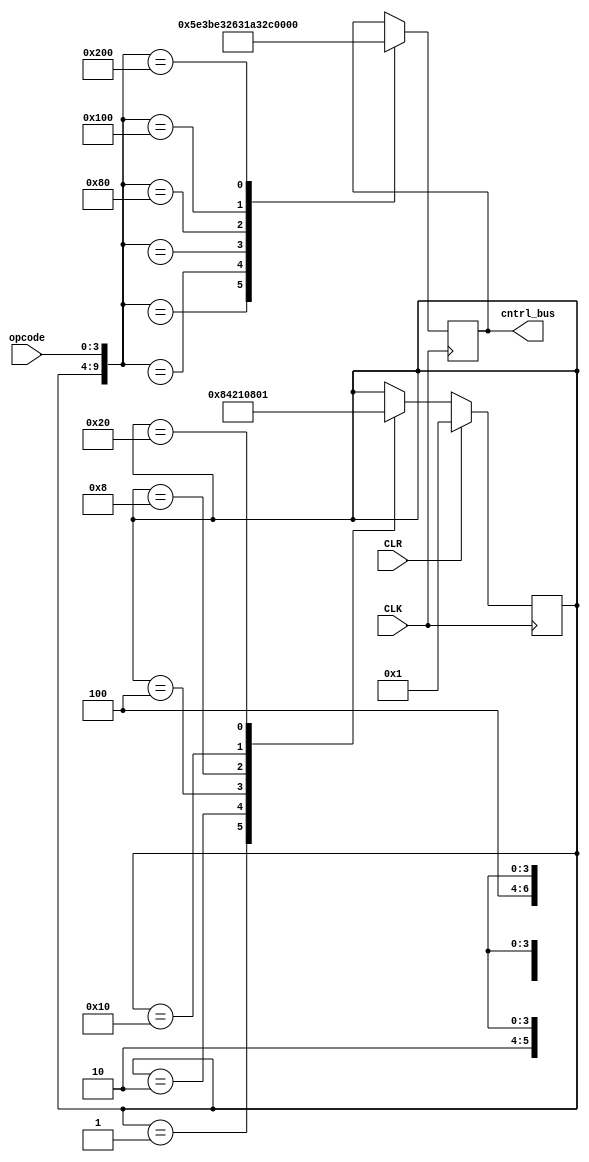
module Controller_Sequencer(CLK, CLR, cntrl_bus, opcode);
input CLK,CLR;
input [3:0] opcode;

output [11:0] cntrl_bus;  //Forms the control word for the system

reg [5:0] ringcount;
reg [11:0] cntrl_bus;     //The 12 control bits

wire [5:0] state ;

parameter 
  T1 = 1,
  T2 = 2,
  T3 = 4,
  T4 = 8,
  T5 = 16,
  T6 = 32;
  
// ring counter 
always @ (negedge CLK)
  begin
    if (CLR)  
      ringcount = 1;
  
   else case(ringcount)   //Changes from one cycle to the next
      T1: ringcount <= T2;
      T2: ringcount <= T3;
      T3: ringcount <= T4;
      T4: ringcount <= T5;
      T5: ringcount <= T6; 
      T6: ringcount <= T1;
   endcase
  end
//end of ring counter 

/*Mealy state machine in which next state is missing in a sense that 
ringcounter indepedently calculate determin it*/
assign state = ringcount;

always @(negedge CLK)
  case ({state, opcode})              //Opcode instructions
  {T1, 4'hx}: cntrl_bus = 12'h5E3;    //fetch cycle start here PC -> MAR
  {T2, 4'hx}: cntrl_bus = 12'hBE3;
  {T3, 4'hx}: cntrl_bus = 12'h263;    //fetch cycle end here

  //LDA operation
  {T4, 4'h0}: cntrl_bus = 12'h1A3;
  {T5, 4'h0}: cntrl_bus = 12'h2C3;
  {T6, 4'h0}: cntrl_bus = 12'h3E3;

  //ADD
  {T4, 4'h0}: cntrl_bus = 12'h1A3;
  {T5, 4'h0}: cntrl_bus = 12'h2E1;  
  {T6, 4'h0}: cntrl_bus = 12'h3C7;

  //SUB
  {T4, 4'h0}: cntrl_bus = 12'h1A3;
  {T5, 4'h0}: cntrl_bus = 12'h2E1;
  {T6, 4'h0}: cntrl_bus = 12'h3EF;

  //OUT
  {T4, 4'h0}: cntrl_bus = 12'h3F2;
  {T5, 4'h0}: cntrl_bus = 12'h3E3;
  {T6, 4'h0}: cntrl_bus = 12'h3E3;

  //HLT
  {T4, 4'h0}: cntrl_bus = 12'h3E3;
  {T5, 4'h0}: cntrl_bus = 12'h3E3;
  {T6, 4'h0}: cntrl_bus = 12'h3E3;
  endcase

endmodule